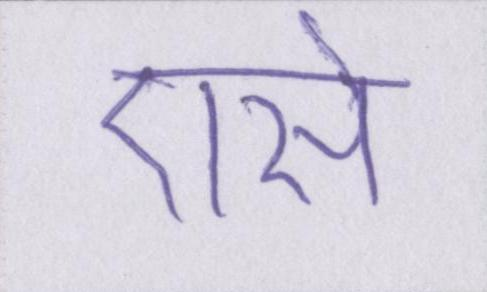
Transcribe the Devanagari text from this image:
एसे